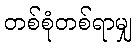
တစ်စုံတစ်ရာမျှ